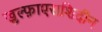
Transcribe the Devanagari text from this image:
खुल्फ़ाएराशिदीन